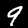
Label: 9